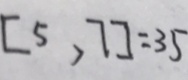
[ 5 , 7 ] = 3 5